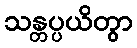
သန္တပ္ပယိတွာ